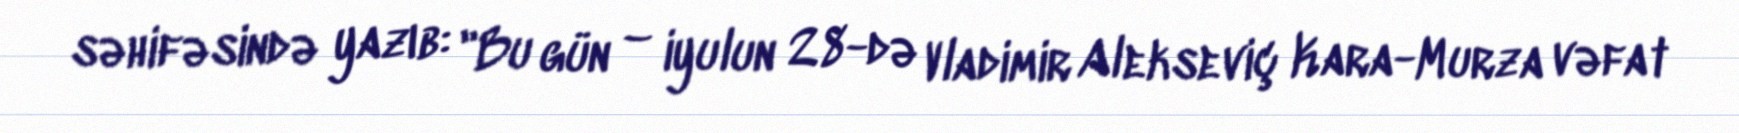
səhifəsində yazıb: "Bu gün – iyulun 28-də Vladimir Alekseviç Kara-Murza vəfat